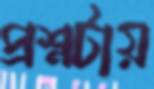
প্রশ্নটায়